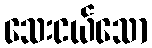
သေးငယ်သော